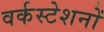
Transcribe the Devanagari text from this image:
वर्कस्टेशनों